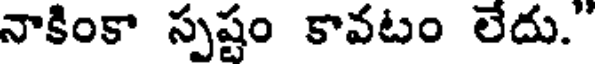
నాకింకా స్పష్టం కావటం లేదు."